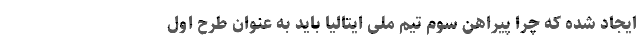
ایجاد شده که چرا پیراهن سوم تیم ملی ایتالیا باید به عنوان طرح اول